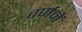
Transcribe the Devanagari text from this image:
वर्णनें